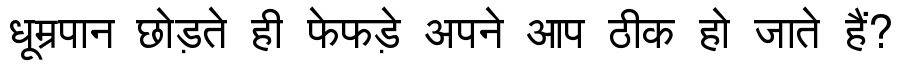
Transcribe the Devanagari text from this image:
धूम्रपान छोड़ते ही फेफड़े अपने आप ठीक हो जाते हैं?